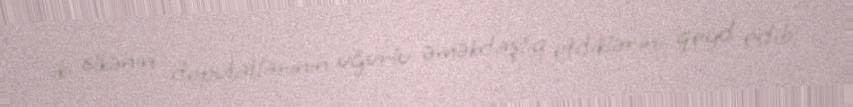
iki ölkənin deputatlarının uğurlu əməkdaşlıq etdiklərini qeyd edib.